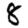
Digit: 8